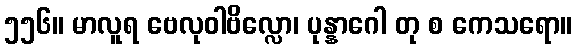
၅၅၆။ မာလူရ ဗေလုဝါဗိလ္လော၊ ပုန္နာဂေါ တု စ ကေသရော။